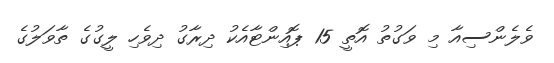
ވެލެންސިއާ މި ވަގުތު އޮތީ 15 ޕޮއިންޓާއެކު ދިރާގު ދިވެހި ލީގުގެ ތާވަލުގެ